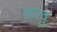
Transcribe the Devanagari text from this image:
फरवु